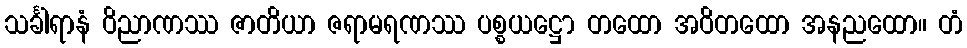
သင်္ခါရာနံ ဝိညာဏဿ ဇာတိယာ ဇရာမရဏဿ ပစ္စယဋ္ဌော တထော အဝိတထော အနညထော။ တံ